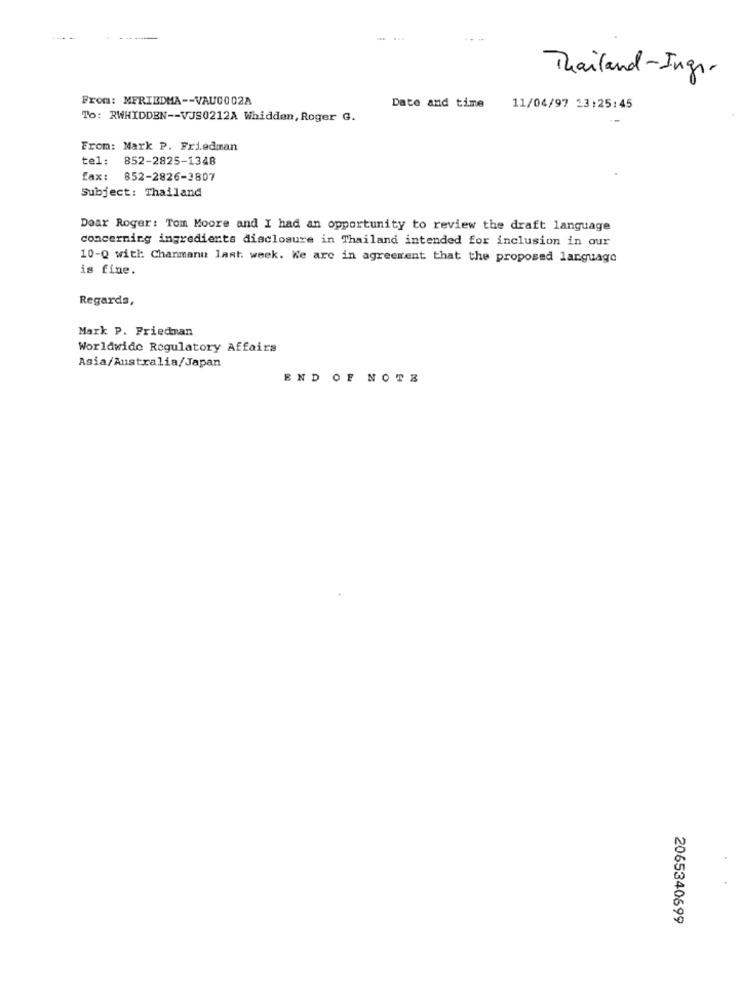
Thailand-Ings-
From: MFRIEDMA -- VAU0002A
Date and time
11/04/97 13:25:45
To: RWHIDDEN -- VJS0212A Whidden, Roger G.
From: Mark P. Friedman
tel:
852-2825-1348
fax:
852-2826-3807
Subject: Thailand
Doar Roger: Tom Moore and I had an opportunity to review the draft language
concerning ingredients disclosure in Thailand intended for inclusion in our
10-Q with Chanmanu last week. We are in agreement that the proposed language
is fine.
Regards,
Mark P. Friedman
Worldwide Regulatory Affairs
Asia/Australia/Japan
END OF NOTE
2065340699